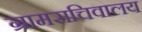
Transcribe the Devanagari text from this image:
ग्रामसचिवालय